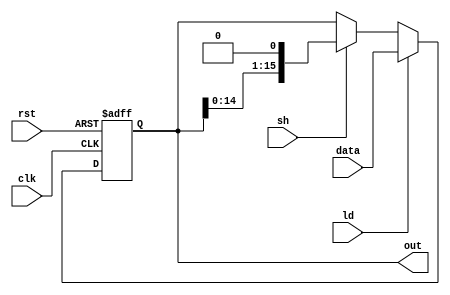
module ShiftReg(clk, rst, ld, sh, data, out);
input clk, rst, ld, sh;
input[15:0] data;
output reg[15:0] out;

always @(posedge clk, posedge rst) begin
    if(rst) out = 16'b0;
    else if(ld) out = data;
    else if(sh) out = {out[14:0], 1'b0};
end
endmodule